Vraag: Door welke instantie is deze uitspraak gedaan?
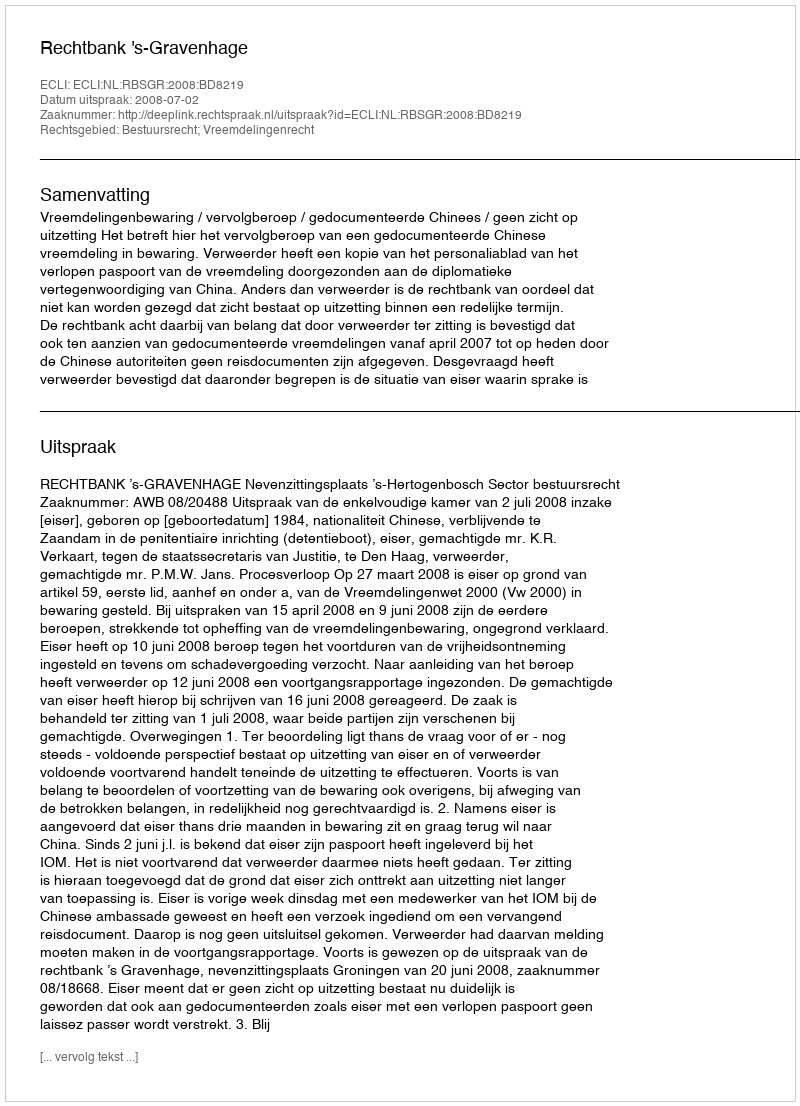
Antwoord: Rechtbank 's-Gravenhage